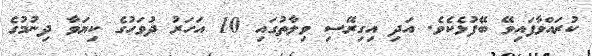
ކުރައްވާފައިވޭ ބޭފުޅެކެވެ. އަދި އިގިރޭސި ވިލާތުގައި 10 އަހަރު ދުވަހުގެ ކިޔަވާ ދިނުމުގެ